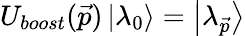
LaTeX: U_{boost}(\vec{p})\left|\lambda_{0}\right>=\left|\lambda_{\vec{p}}\right>